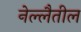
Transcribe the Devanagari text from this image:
नेल्लैतील